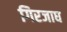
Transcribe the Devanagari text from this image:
गिरजाघ